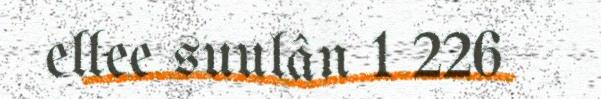
ellee suulân 1 226